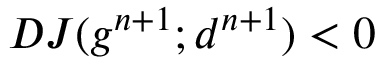
D J ( g ^ { n + 1 } ; d ^ { n + 1 } ) < 0